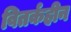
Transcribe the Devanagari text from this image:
वितर्कहीन